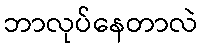
ဘာလုပ်နေတာလဲ